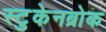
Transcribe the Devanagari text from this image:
स्टुकेनब्रोक